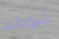
شوهد